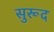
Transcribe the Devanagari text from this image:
सुरूद